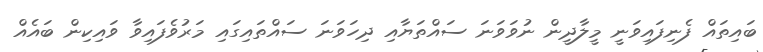
ބައިތައް ފެނިފައިވަނީ މީލާދީން ނުވަވަނަ ސައްތަޔާއި ދިހަވަނަ ސައްތައިގައި މަރުވެފައިވާ ވައިކިން ބައެއް